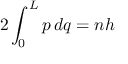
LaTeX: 2 \int _ { 0 } ^ { L } p \, d q = n h